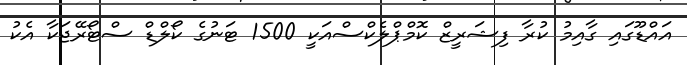
އައްޑޫގައި ގާއިމު ކުރާ ފިޝަރީޒް ކޮމްޕްލެކްސްއަކީ 1500 ޓަނުގެ ކޯލްޑް ސްޓޯރޭޖަކާ އެކު